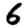
Digit: 6